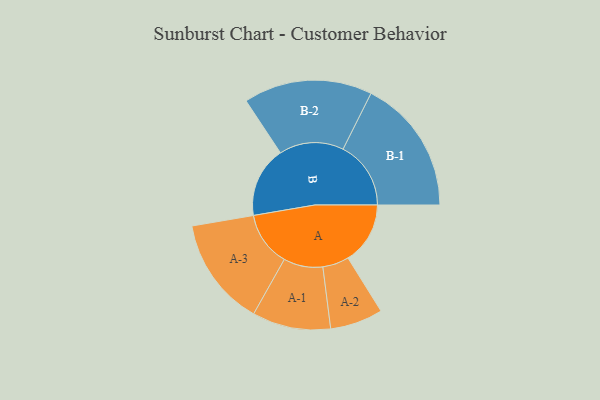
{"axis": {"x": "Segment", "y": "Value"}, "legend": ["", "A", "B"], "data": [{"x": "A", "y": 252, "type": ""}, {"x": "B", "y": 287, "type": ""}, {"x": "A-1", "y": 159, "type": "A"}, {"x": "A-2", "y": 107, "type": "A"}, {"x": "A-3", "y": 221, "type": "A"}, {"x": "B-1", "y": 275, "type": "B"}, {"x": "B-2", "y": 261, "type": "B"}]}